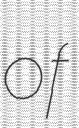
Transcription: of